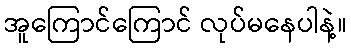
အူကြောင်ကြောင် လုပ်မနေပါနဲ့။